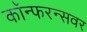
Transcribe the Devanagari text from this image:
कॉन्फरन्सवर